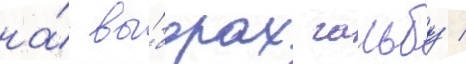
на́ вы́борах гальбу /